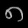
Digit: ၈